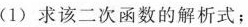
（1）求该二次函数的解析式；